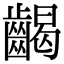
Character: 𪘹